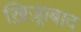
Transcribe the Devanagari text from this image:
ख़िज़्राबाद